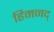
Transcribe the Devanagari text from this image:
हिमनद्